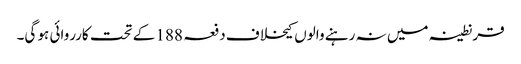
قرنطینہ میں نہ رہنے والوں کیخلاف دفعہ 188 کے تحت کارروائی ہو گی۔